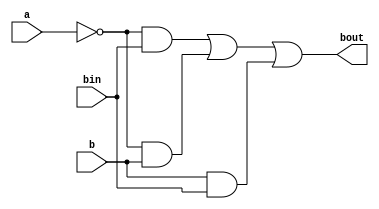
module mux_bout (
    output bout,
    input a,
    input b,bin

);
    assign bout = ~a&bin | ~a&b | b&bin;
endmodule
module mux_rout (
    output rout,
    input a,
    input b,
    input bin, qs

);
    wire diff;
    assign diff = a^b^bin;
    assign rout = qs&diff | ~qs&a;
endmodule

module linear_array_8 (
    input [8:0]x, 
    input bin,
    input [7:0]y,
    output qs,
    output [7:0]rout
);
    wire i1, i2, i3, i4, i5, i6, i7, i8;
    mux_bout mut1 (.a(x[0]), .b(y[0]), .bin(bin), .bout(i1));
    mux_bout mut2 (.a(x[1]), .b(y[1]), .bin(i1), .bout(i2));
    mux_bout mut3 (.a(x[2]), .b(y[2]), .bin(i2), .bout(i3));
    mux_bout mut4 (.a(x[3]), .b(y[3]), .bin(i3), .bout(i4));
    mux_bout mut5 (.a(x[4]), .b(y[4]), .bin(i4), .bout(i5));
    mux_bout mut6 (.a(x[5]), .b(y[5]), .bin(i5), .bout(i6));
    mux_bout mut7 (.a(x[6]), .b(y[6]), .bin(i6), .bout(i7));
    mux_bout mut8 (.a(x[7]), .b(y[7]), .bin(i7), .bout(i8));
    assign qs = ~i8 | x[8];
    mux_rout mut9 (.a(x[0]), .b(y[0]), .bin(bin), .qs(qs), .rout(rout[0]));
    mux_rout mut10 (.a(x[1]), .b(y[1]), .bin(i1), .qs(qs), .rout(rout[1]));
    mux_rout mut11 (.a(x[2]), .b(y[2]), .bin(i2), .qs(qs), .rout(rout[2]));
    mux_rout mut12 (.a(x[3]), .b(y[3]), .bin(i3), .qs(qs), .rout(rout[3]));
    mux_rout mut13 (.a(x[4]), .b(y[4]), .bin(i4), .qs(qs), .rout(rout[4]));
    mux_rout mut14 (.a(x[5]), .b(y[5]), .bin(i5), .qs(qs), .rout(rout[5]));
    mux_rout mut15 (.a(x[6]), .b(y[6]), .bin(i6), .qs(qs), .rout(rout[6]));
    mux_rout mut16 (.a(x[7]), .b(y[7]), .bin(i7), .qs(qs), .rout(rout[7]));
endmodule

module array(
    input [15:0]x,
    input [7:0]y,
    input bin,
    output [7:0]q,
    output [7:0]r
);
    wire [8:0] rout1;
    linear_array_8 uut1 (.x(x[15:7]), .y(y), .qs(q[7]), .rout(rout1[8:1]), .bin(bin));
    wire [8:0] rout2;
    assign rout1[0] = x[6];
    linear_array_8 uut2 (.x(rout1), .y(y), .qs(q[6]), .rout(rout2[8:1]), .bin(bin));
    wire [8:0] rout3;
    assign rout2[0] = x[5];
    linear_array_8 uut3 (.x(rout2), .y(y), .qs(q[5]), .rout(rout3[8:1]), .bin(bin));
    wire [8:0] rout4;
    assign rout3[0] = x[4];
    linear_array_8 uut4 (.x(rout3), .y(y), .qs(q[4]), .rout(rout4[8:1]), .bin(bin));
    wire [8:0] rout5;
    assign rout4[0] = x[3];
    linear_array_8 uut5 (.x(rout4), .y(y), .qs(q[3]), .rout(rout5[8:1]), .bin(bin));
    wire [8:0] rout6;
    assign rout5[0] = x[2];
    linear_array_8 uut6 (.x(rout5), .y(y), .qs(q[2]), .rout(rout6[8:1]), .bin(bin));
    wire [8:0] rout7;
    assign rout6[0] = x[1];
    linear_array_8 uut7 (.x(rout6), .y(y), .qs(q[1]), .rout(rout7[8:1]), .bin(bin));
    assign rout7[0] = x[0];
    linear_array_8 uut8 (.x(rout7), .y(y), .qs(q[0]), .rout(r), .bin(bin));
endmodule